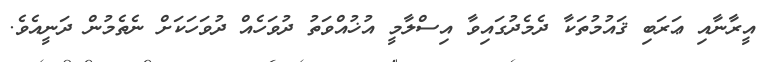
އީރާނާއި ޢަރަބި ޤައުމުތަކާ ދެމެދުގައިވާ އިސްލާމީ އުޚުއްވަތު ދުވަހެއް ދުވަހަކަށް ނެތެމުން ދަނީއެވެ.